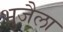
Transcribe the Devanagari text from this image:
भुजैला